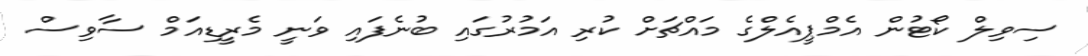
ސިވިލް ކޯޓުން އެމްޕީއެލްގެ މައްޗަށް ކުރި އަމުރުގައި ބުނެފައި ވަނީ މެރީޑިއަމް ސާވިސް